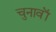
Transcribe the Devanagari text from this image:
चुनावॊं